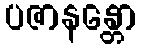
ပဇာနန္တော